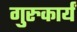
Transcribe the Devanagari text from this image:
गुरुकार्यं